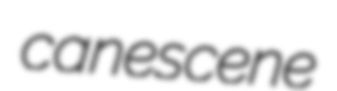
canescene